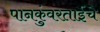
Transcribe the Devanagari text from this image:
पानकुंवरताईंचे